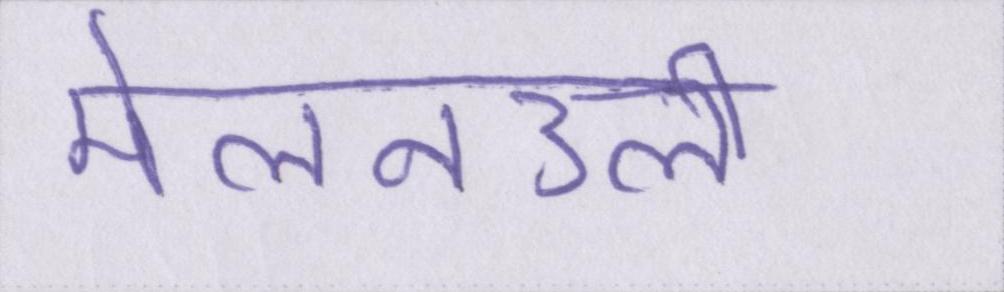
मेलनउली